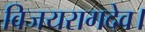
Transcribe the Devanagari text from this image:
विजयरागदेव।